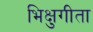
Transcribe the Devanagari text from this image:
भिक्षुगीता